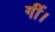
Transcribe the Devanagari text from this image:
गीं।